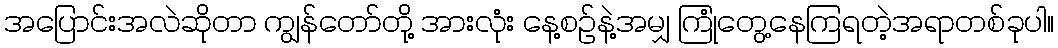
အပြောင်းအလဲဆိုတာ ကျွန်တော်တို့ အားလုံး နေ့စဉ်နဲ့အမျှ ကြုံတွေ့နေကြရတဲ့အရာတစ်ခုပါ။